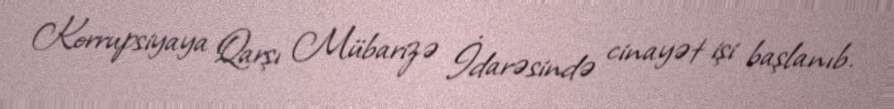
Korrupsiyaya Qarşı Mübarizə İdarəsində cinayət işi başlanıb.